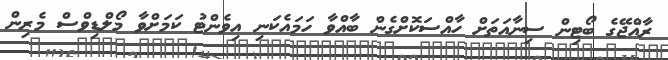
ރާއްޖޭގެ ބޯޓިން ސިނާއަތަށް ހާއްސަކޮށްގެން ބާއްވާ ހަމައެކަނި އިވެންޓު ކަމަށްވާ މޯލްޑިވްސް މެރިން